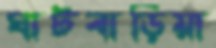
ঘাটবাড়িয়া